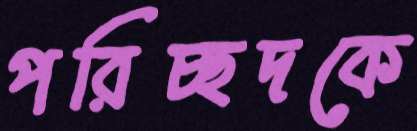
পরিচ্ছদকে